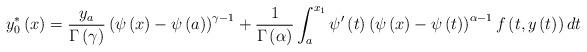
LaTeX: \begin{align*}y_{0}^{\ast }\left( x\right) =\frac{y_{a}}{\Gamma \left( \gamma \right) }\left( \psi \left( x\right) -\psi \left( a\right) \right) ^{\gamma -1}+\frac{1}{\Gamma \left( \alpha \right) }\int_{a}^{x_{1}}\psi ^{\prime }\left(t\right) \left( \psi \left( x\right) -\psi \left( t\right) \right) ^{\alpha-1}f\left( t,y\left( t\right) \right) dt\end{align*}